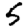
Digit: 5